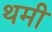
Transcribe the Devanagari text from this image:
थमी